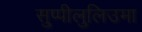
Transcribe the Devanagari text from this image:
सुप्पीलुलिउमा